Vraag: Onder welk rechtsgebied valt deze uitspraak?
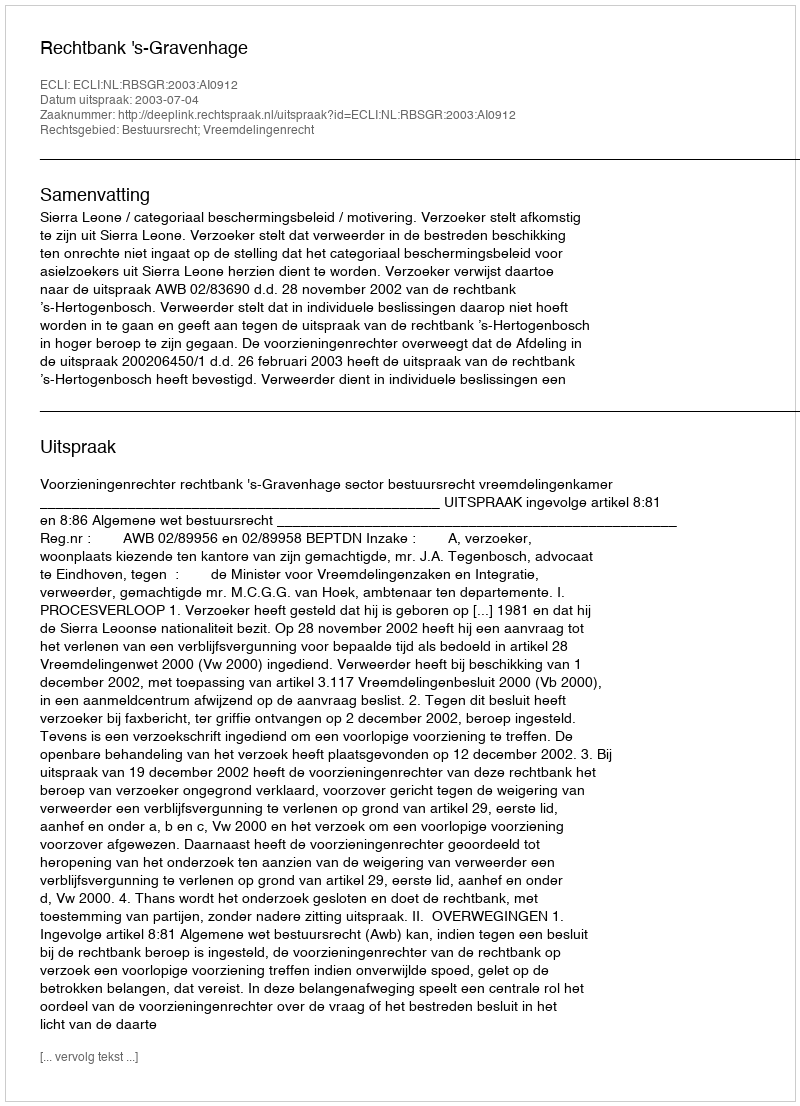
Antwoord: Bestuursrecht; Vreemdelingenrecht